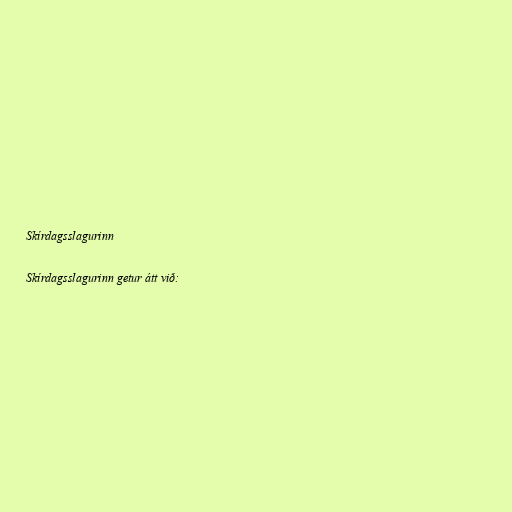
Skírdagsslagurinn

Skírdagsslagurinn getur átt við: